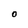
Character: O